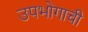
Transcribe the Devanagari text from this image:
उपभोगाची